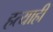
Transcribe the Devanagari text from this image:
हत्याही